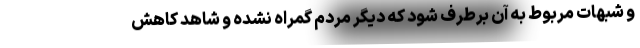
و شبهات مربوط به آن برطرف شود که دیگر مردم گمراه نشده و شاهد کاهش